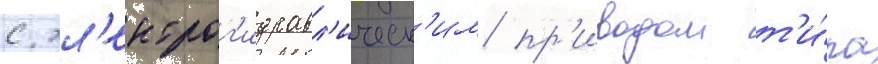
с эл'ектрог'идравл'ическ'им пр'иводом т'и́па